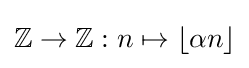
\mathbb {Z} \to \mathbb {Z} :n\mapsto \lfloor \alpha n\rfloor